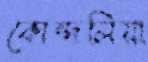
কোন্দলিয়া